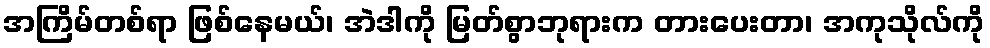
အကြိမ်တစ်ရာ ဖြစ်နေမယ်၊ အဲဒါကို မြတ်စွာဘုရားက တားပေးတာ၊ အကုသိုလ်ကို